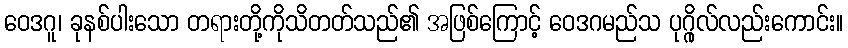
ဝေဒဂူ၊ ခုနစ်ပါးသော တရားတို့ကိုသိတတ်သည်၏ အဖြစ်ကြောင့် ဝေဒဂမည်သ ပုဂ္ဂိုလ်လည်းကောင်း။